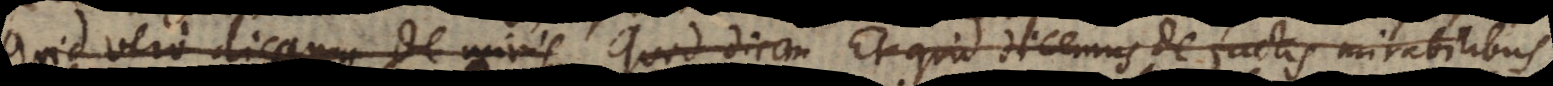
Quid vero dicamus de miris Quid dicam Et quid dicemus de factis mirabilibus